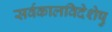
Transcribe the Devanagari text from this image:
सर्वकालविदेशेषु